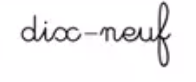
dix-neuf